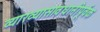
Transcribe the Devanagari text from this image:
व्याख्यासावधानीपूर्वक